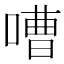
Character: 嘈